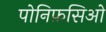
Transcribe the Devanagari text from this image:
पोनिफ़सिओ